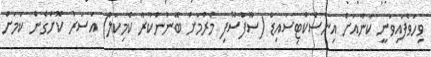
ވިހަވެފައިވަނީ ކާނާއަށް އިންސެކްޓިސައިޑް (ސޫފާސޫފި މެރުމަށް ބޭނުންކުރާ ކެމިކަލް) އަސަރު ކޮށްގެން ކަމަށް